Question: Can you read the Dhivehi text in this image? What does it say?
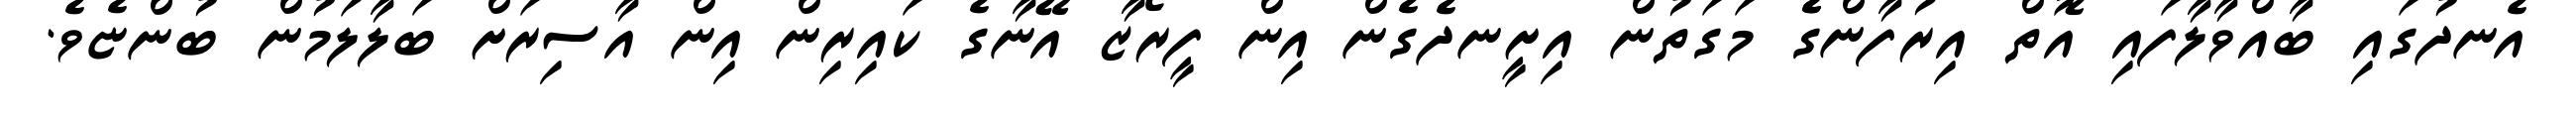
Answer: އެނދުގައި ބާއްވާލާފައި އޮތް އިރުފާންގެެ މަގަތުން އިށީނދެގެން އިން ފީރޯޒާ އޭނާގެ ކައިރިން އިން އާސިރަށް ބަލާލަމުން ބުންޏެވެ.